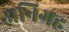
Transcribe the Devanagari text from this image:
अनिग्रह